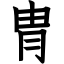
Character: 冑